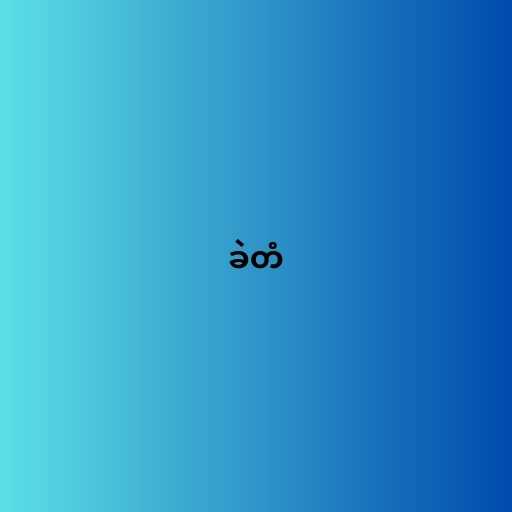
ခဲတံ